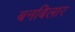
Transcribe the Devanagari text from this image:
बनबिलार